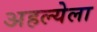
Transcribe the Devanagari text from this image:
अहल्येला